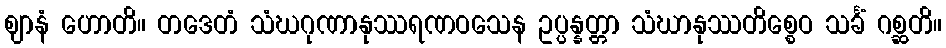
ဈာနံ ဟောတိ။ တဒေတံ သံဃဂုဏာနုဿရဏဝသေန ဥပ္ပန္နတ္တာ သံဃာနုဿတိစ္စေဝ သင်္ခံ ဂစ္ဆတိ။